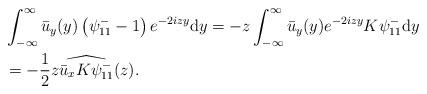
LaTeX: \begin{align*} &\int_{-\infty}^{\infty} \bar{u}_y(y)\left(\psi^-_{11}-1\right) e^{-2izy}\mathrm{d}y= - z \int_{-\infty}^{\infty} \bar{u}_y(y) e^{-2izy} K\psi^-_{11}\mathrm{d}y \\ & = - \frac{1}{2} z \widehat{ \bar{u}_x K \psi^-_{11}}( z).\end{align*}